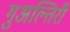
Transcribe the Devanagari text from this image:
गुअल्तिरी